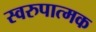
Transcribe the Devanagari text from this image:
स्वरुपात्मक